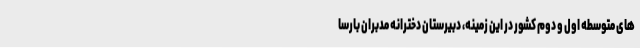
های متوسطه اول و دوم کشور در این زمینه، دبیرستان دخترانه مدبران بارسا